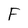
Character: F